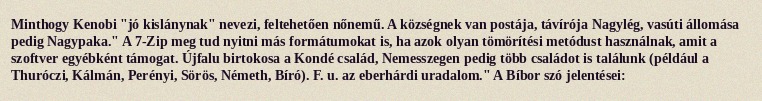
Minthogy Kenobi "jó kislánynak" nevezi, feltehetően nőnemű. A községnek van postája, távírója Nagylég, vasúti állomása pedig Nagypaka." A 7-Zip meg tud nyitni más formátumokat is, ha azok olyan tömörítési metódust használnak, amit a szoftver egyébként támogat. Újfalu birtokosa a Kondé család, Nemesszegen pedig több családot is találunk (például a Thuróczi, Kálmán, Perényi, Sörös, Németh, Bíró). F. u. az eberhárdi uradalom." A Bíbor szó jelentései: